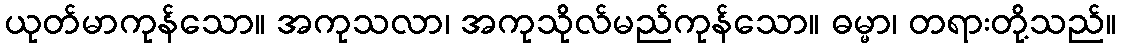
ယုတ်မာကုန်သော။ အကုသလာ၊ အကုသိုလ်မည်ကုန်သော။ ဓမ္မာ၊ တရားတို့သည်။